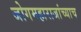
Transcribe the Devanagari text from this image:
जोगमहाराजांच्याच